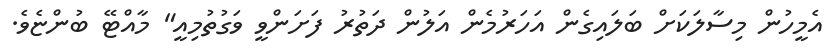
އެމީހުން މިސާލަކަށް ބަލައިގެން އަހަރުމެން އަލުން ދަތުރު ފަށަންވީ ވަގުތުމިއީ" މާއްޓޭ ބުންޏެވެ.